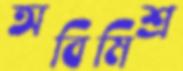
অবিমিশ্র